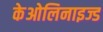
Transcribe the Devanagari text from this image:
केओलिनाइज्ड